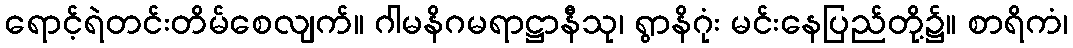
ရောင့်ရဲတင်းတိမ်စေလျက်။ ဂါမနိဂမရာဋ္ဌာနီသု၊ ရွာနိဂုံး မင်းနေပြည်တို့၌။ စာရိကံ၊